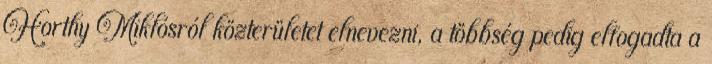
Horthy Miklósról közterületet elnevezni, a többség pedig elfogadta a